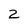
Character: 2